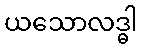
ယသောလဒ္ဓါ